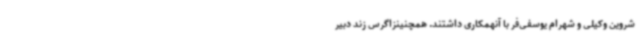
شروین وکیلی و شهرام یوسفی‌فر با آنهمکاری داشتند. همچنینزاگرس زند دبیر